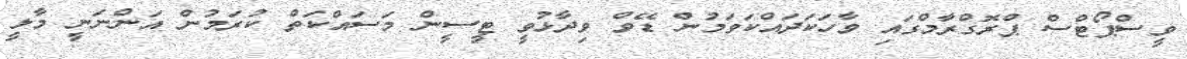
ވީސްޕޯޓްސް ޕްރޮގްރާމްގައި ވާހަކަދައްކަވަމުން ޑޭވް ވިދާޅުވީ ޓީސީން މަސައްކަތް ކުރަމުން އަންނަނީ މާލީ